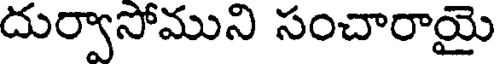
దుర్వాసోముని సంచారాయై